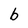
Character: b